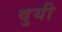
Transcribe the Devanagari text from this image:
वुयी